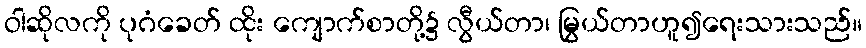
ဝါဆိုလကို ပုဂံခေတ် ထိုး ကျောက်စာတို့၌ လွီယ်တာ၊ မြွယ်တာဟူ၍ရေးသားသည်။